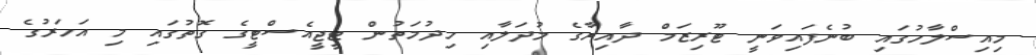
މިއިސްލާހުގައި ބުނެފައިވަނީ ޓޫރިޒަމް ދާއިރާގެ މުދަލާއި ހިދުމަތުން ޓީޖީއެސްޓީގެ ގޮތުގައި މި އަހަރުގެ